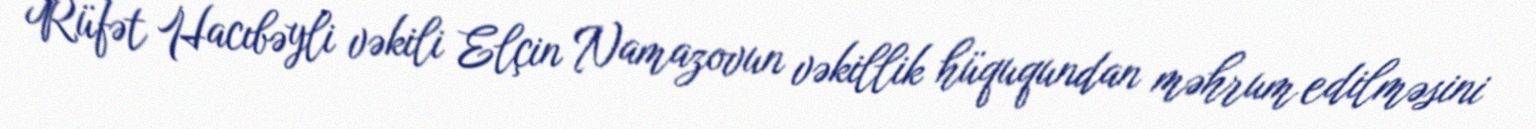
Rüfət Hacıbəyli vəkili Elçin Namazovun vəkillik hüququndan məhrum edilməsini